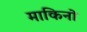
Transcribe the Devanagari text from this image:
माकिनो